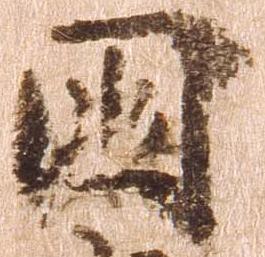
国